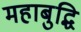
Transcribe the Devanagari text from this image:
महाबुद्धि